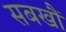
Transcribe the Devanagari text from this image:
सबखौं